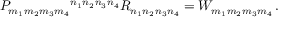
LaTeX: P _ { m _ { 1 } m _ { 2 } m _ { 3 } m _ { 4 } } { } ^ { n _ { 1 } n _ { 2 } n _ { 3 } n _ { 4 } } R _ { n _ { 1 } n _ { 2 } n _ { 3 } n _ { 4 } } = W _ { m _ { 1 } m _ { 2 } m _ { 3 } m _ { 4 } } \, .